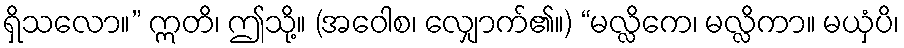
ရှိသလော။” ဣတိ၊ ဤသို့။ (အဝေါစ၊ လျှောက်၏။) “မလ္လိကေ၊ မလ္လိကာ။ မယှံပိ၊